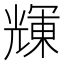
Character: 𠒽